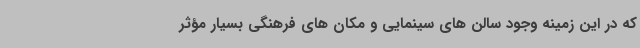
که در این زمینه وجود سالن های سینمایی و مکان های فرهنگی بسیار مؤثر